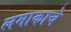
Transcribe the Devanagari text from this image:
लमाकाचे